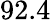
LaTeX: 92.4